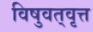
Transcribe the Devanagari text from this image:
विषुवत्‌वृत्त